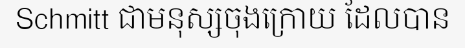
Schmitt ជាមនុស្សចុងក្រោយ ដែលបាន